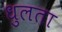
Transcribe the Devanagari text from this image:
धुलता